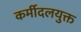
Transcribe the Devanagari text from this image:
कर्मीदलयुक्त